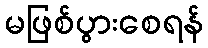
မဖြစ်ပွားစေရန်